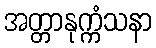
အတ္တာနုက္ကံသနာ